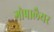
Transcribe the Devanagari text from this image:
गोपालैयर